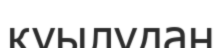
қуылудан